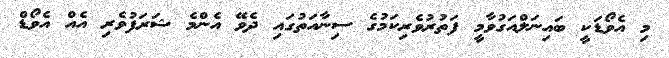
މި އެވޯޑަކީ ބައިނަލްއަގުވާމީ ފަތުރުވެރިކަމުގެ ސިނާއަތުގައި ދެވޭ އެންމެ ޝަރަފުވެރި އެއް އެވޯޑް